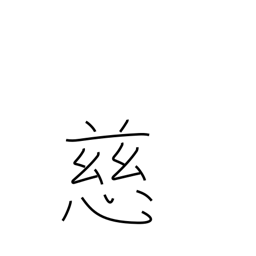
Meaning: mercy